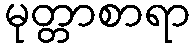
မုတ္တာစာရာ